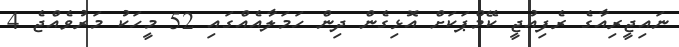
ނައިޖީރިއާގެ ރެފިއުޖީ ކޭމްޕަކަށް އޮޅިގެން ދިން ހަމަލާއެއްގައި 52 މީހަކު މަރުވެއްޖެ 4